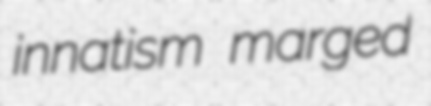
innatism marged